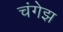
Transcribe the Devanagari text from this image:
चंगेझ